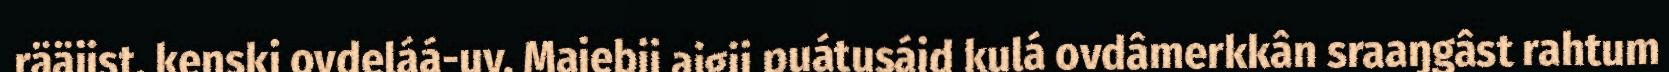
rääjist, kenski ovdeláá-uv. Majebij aigij puátusáid kulá ovdâmerkkân sraaŋgâst rahtum